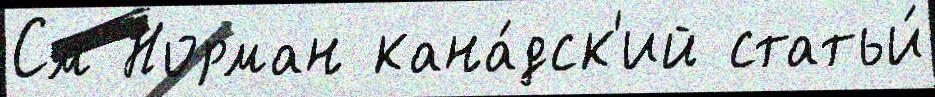
См Норман кана́дск'ий статьи́